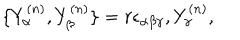
\{ Y _ { \alpha } ^ { ( n ) } , Y _ { \beta } ^ { ( n ) } \} = r \epsilon _ { \alpha \beta \gamma } , Y _ { \gamma } ^ { ( n ) } ,